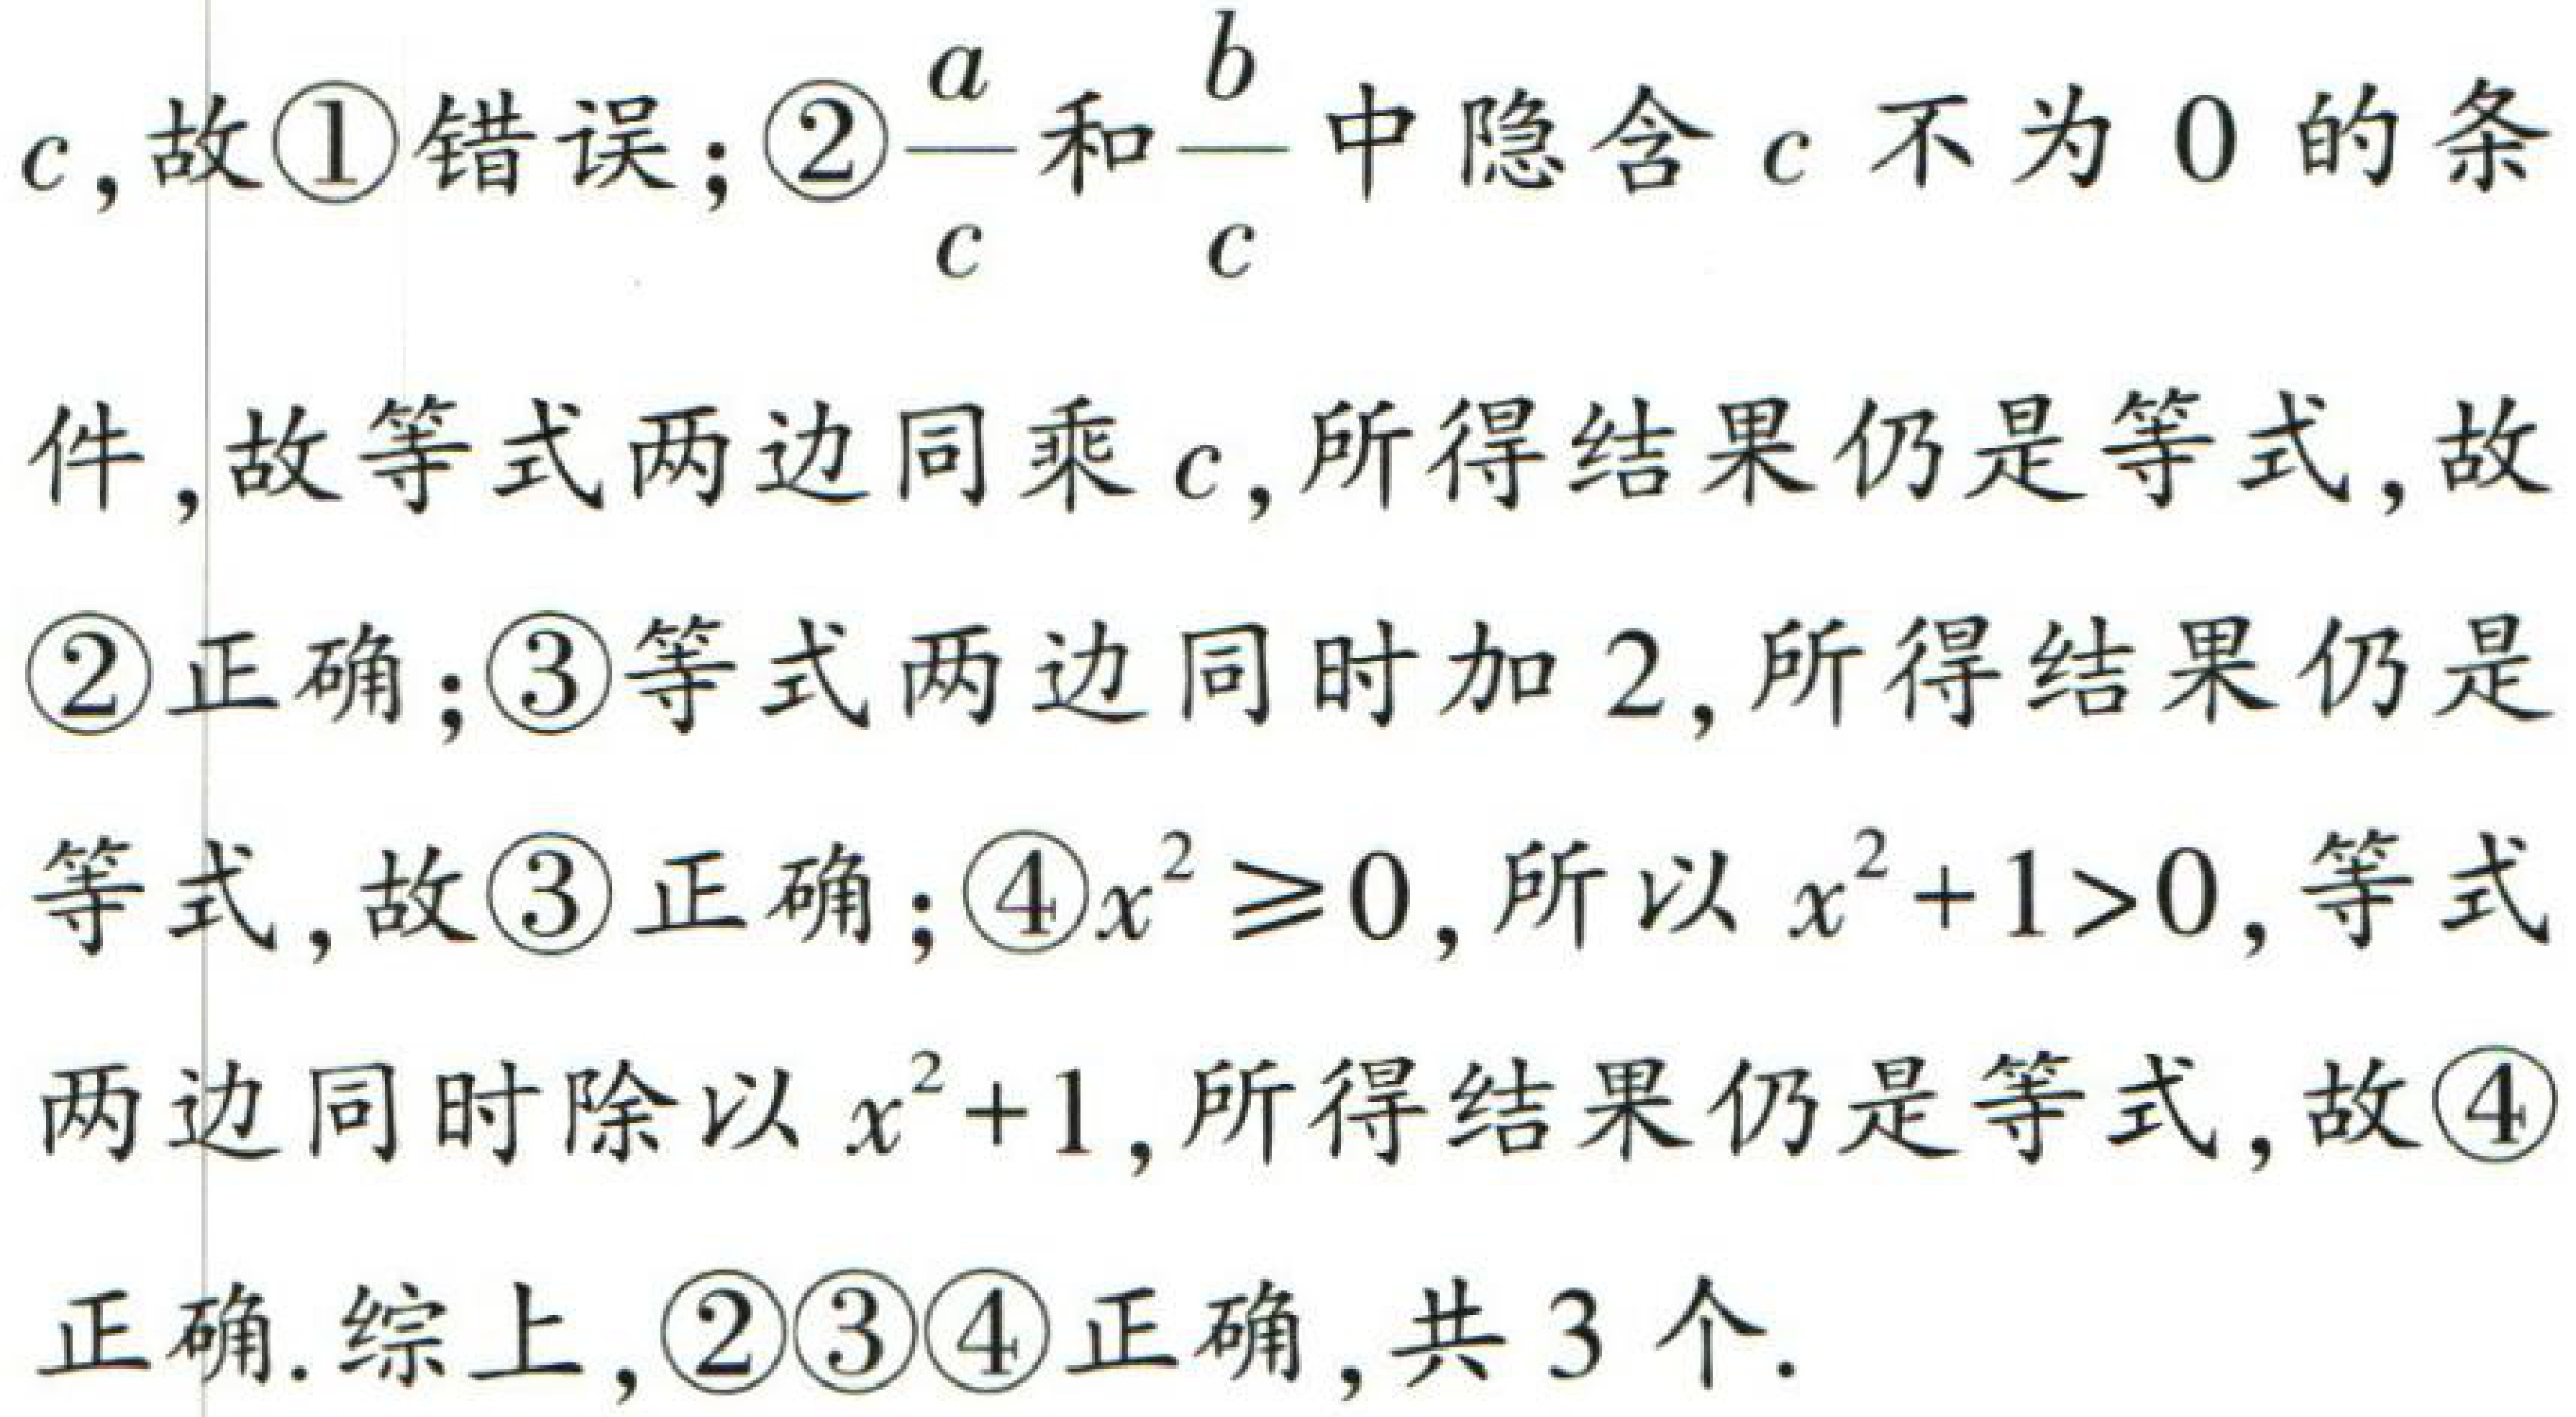
$c,故\textcircled{1}错误;\textcircled{2}\frac{a}{c}和\frac{b}{c}中隐含c不为0的条\\件,故等式两边同乘c,所得结果仍是等式,故\\\textcircled{2}正确;\textcircled{3}等式两边同时加2,所得结果仍是\\等式,故\textcircled{3}正确;\textcircled{4}x^{2}\geq0,所以x^{2}+1>0,等式\\两边同时除以x^{2}+1,所得结果仍是等式,故\textcircled{4}\\正确.综上,\textcircled{2}\textcircled{3}\textcircled{4}正确,共3个.$